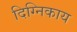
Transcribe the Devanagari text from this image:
दिग्निकाय